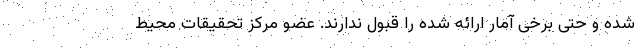
شده و حتی برخی آمار ارائه شده را قبول ندارند. عضو مرکز تحقیقات محیط